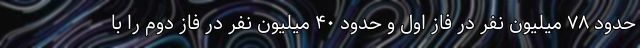
حدود ۷۸ میلیون نفر در فاز اول و حدود ۴۰ میلیون نفر در فاز دوم را با